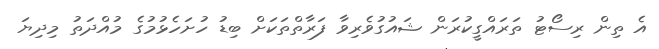
އެ ތިން ރިސޯޓު ތަރައްގީކުރަން ޝައުގުވެރިވާ ފަރާތްތަކަށް ބިޑު ހުށަހެޅުމުގެ މުއްދަތު މިދިޔަ